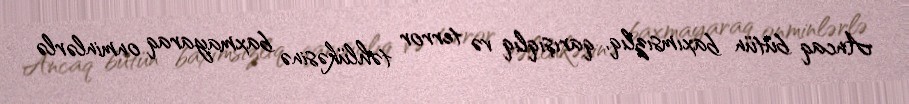
Ancaq bütün baxımsızlıq, qarışıqlıq və terror təhlükəsinə baxmayaraq onminlərlə